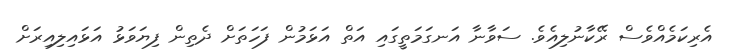
އެރިކަމެއްވެސް ރޭކާނުލިއެވެ. ސަވާނާ އަނގަމަތީގައި އަތް އަޅަމުން ފަހަތަށް ދެތިން ފިޔަވަޅު އަޅައިލިއިރަށް